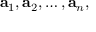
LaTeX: \mathbf { a } _ { 1 } , \mathbf { a } _ { 2 } , \ldots , \mathbf { a } _ { n } ,